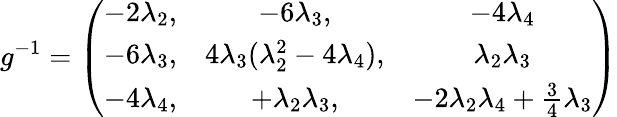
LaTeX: g^{-1}=\left(\begin{array}{ccc}{{-2\lambda_{2},}}&{{-6\lambda_{3},}}&{{-4\lambda_{4}}}\\ {{-6\lambda_{3},}}&{{4\lambda_{3}(\lambda_{2}^{2}-4\lambda_{4}),}}&{{\lambda_{2}\lambda_{3}}}\\ {{-4\lambda_{4},}}&{{+\lambda_{2}\lambda_{3},}}&{{-2\lambda_{2}\lambda_{4}+\frac 34\lambda_{3}}}\end{array}\right)